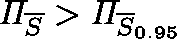
\mathit { \Pi } _ { \overline { { S } } } > \mathit { \Pi } _ { \overline { { S } } _ { 0 . 9 5 } }